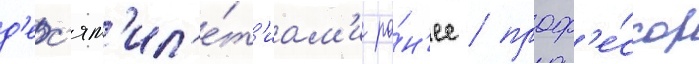
д'ес'ят'ил'е́т'иам'и ра́н'ее / проф'е́ссор